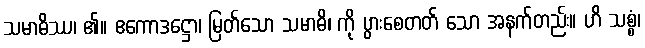
သမာဓိဿ၊ ၏။ ဧကောဒဋ္ဌော၊ မြတ်သော သမာဓိ၊ ကို ပွားစေတတ် သော အနက်တည်း။ ဟိ သစ္စံ၊